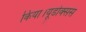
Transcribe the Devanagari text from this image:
किया।यूडोक्‍सस